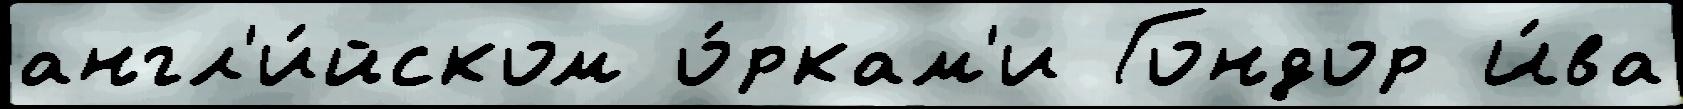
англ'и́йском о́ркам'и Гондор И́ва